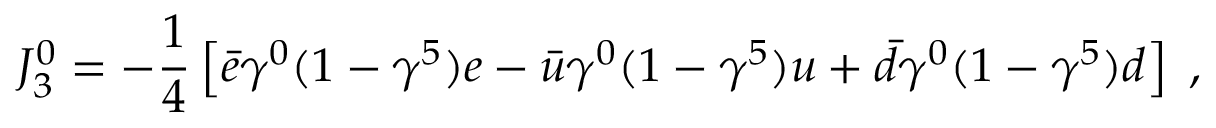
J _ { 3 } ^ { 0 } = - \frac { 1 } { 4 } \left[ \bar { e } \gamma ^ { 0 } ( 1 - \gamma ^ { 5 } ) e - \bar { u } \gamma ^ { 0 } ( 1 - \gamma ^ { 5 } ) u + \bar { d } \gamma ^ { 0 } ( 1 - \gamma ^ { 5 } ) d \right] \; ,